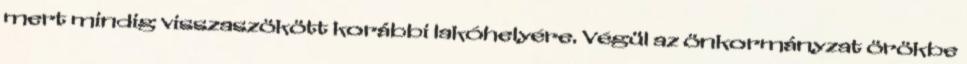
mert mindig visszaszökött korábbi lakóhelyére. Végül az önkormányzat örökbe